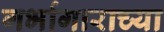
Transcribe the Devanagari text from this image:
गर्भागाराच्या